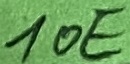
Text: 10E